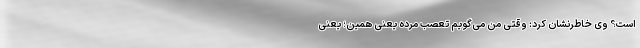
است؟‌ وی خاطرنشان کرد: وقتی من می‌گویم تعصب مرده یعنی همین؛ یعنی